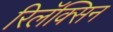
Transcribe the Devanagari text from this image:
रिलॅक्सिन